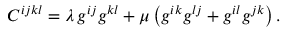
C ^ { i j k l } = \lambda \, g ^ { i j } g ^ { k l } + \mu \left( g ^ { i k } g ^ { l j } + g ^ { i l } g ^ { j k } \right) .